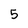
Character: 5